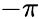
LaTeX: -\pi